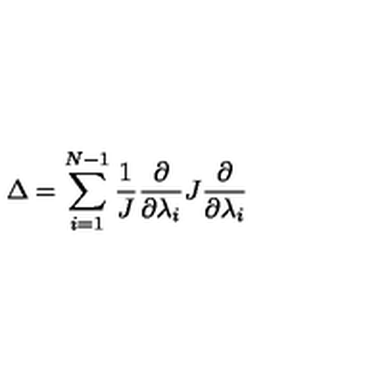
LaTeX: \Delta = \sum _ { i = 1 } ^ { N - 1 } \frac { 1 } { J } \frac { \partial } { \partial \lambda _ { i } } J \frac { \partial } { \partial \lambda _ { i } }